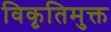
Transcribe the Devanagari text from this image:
विकृतिमुक्त